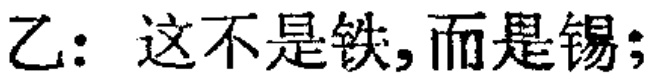
乙：这不是铁,而是锡;